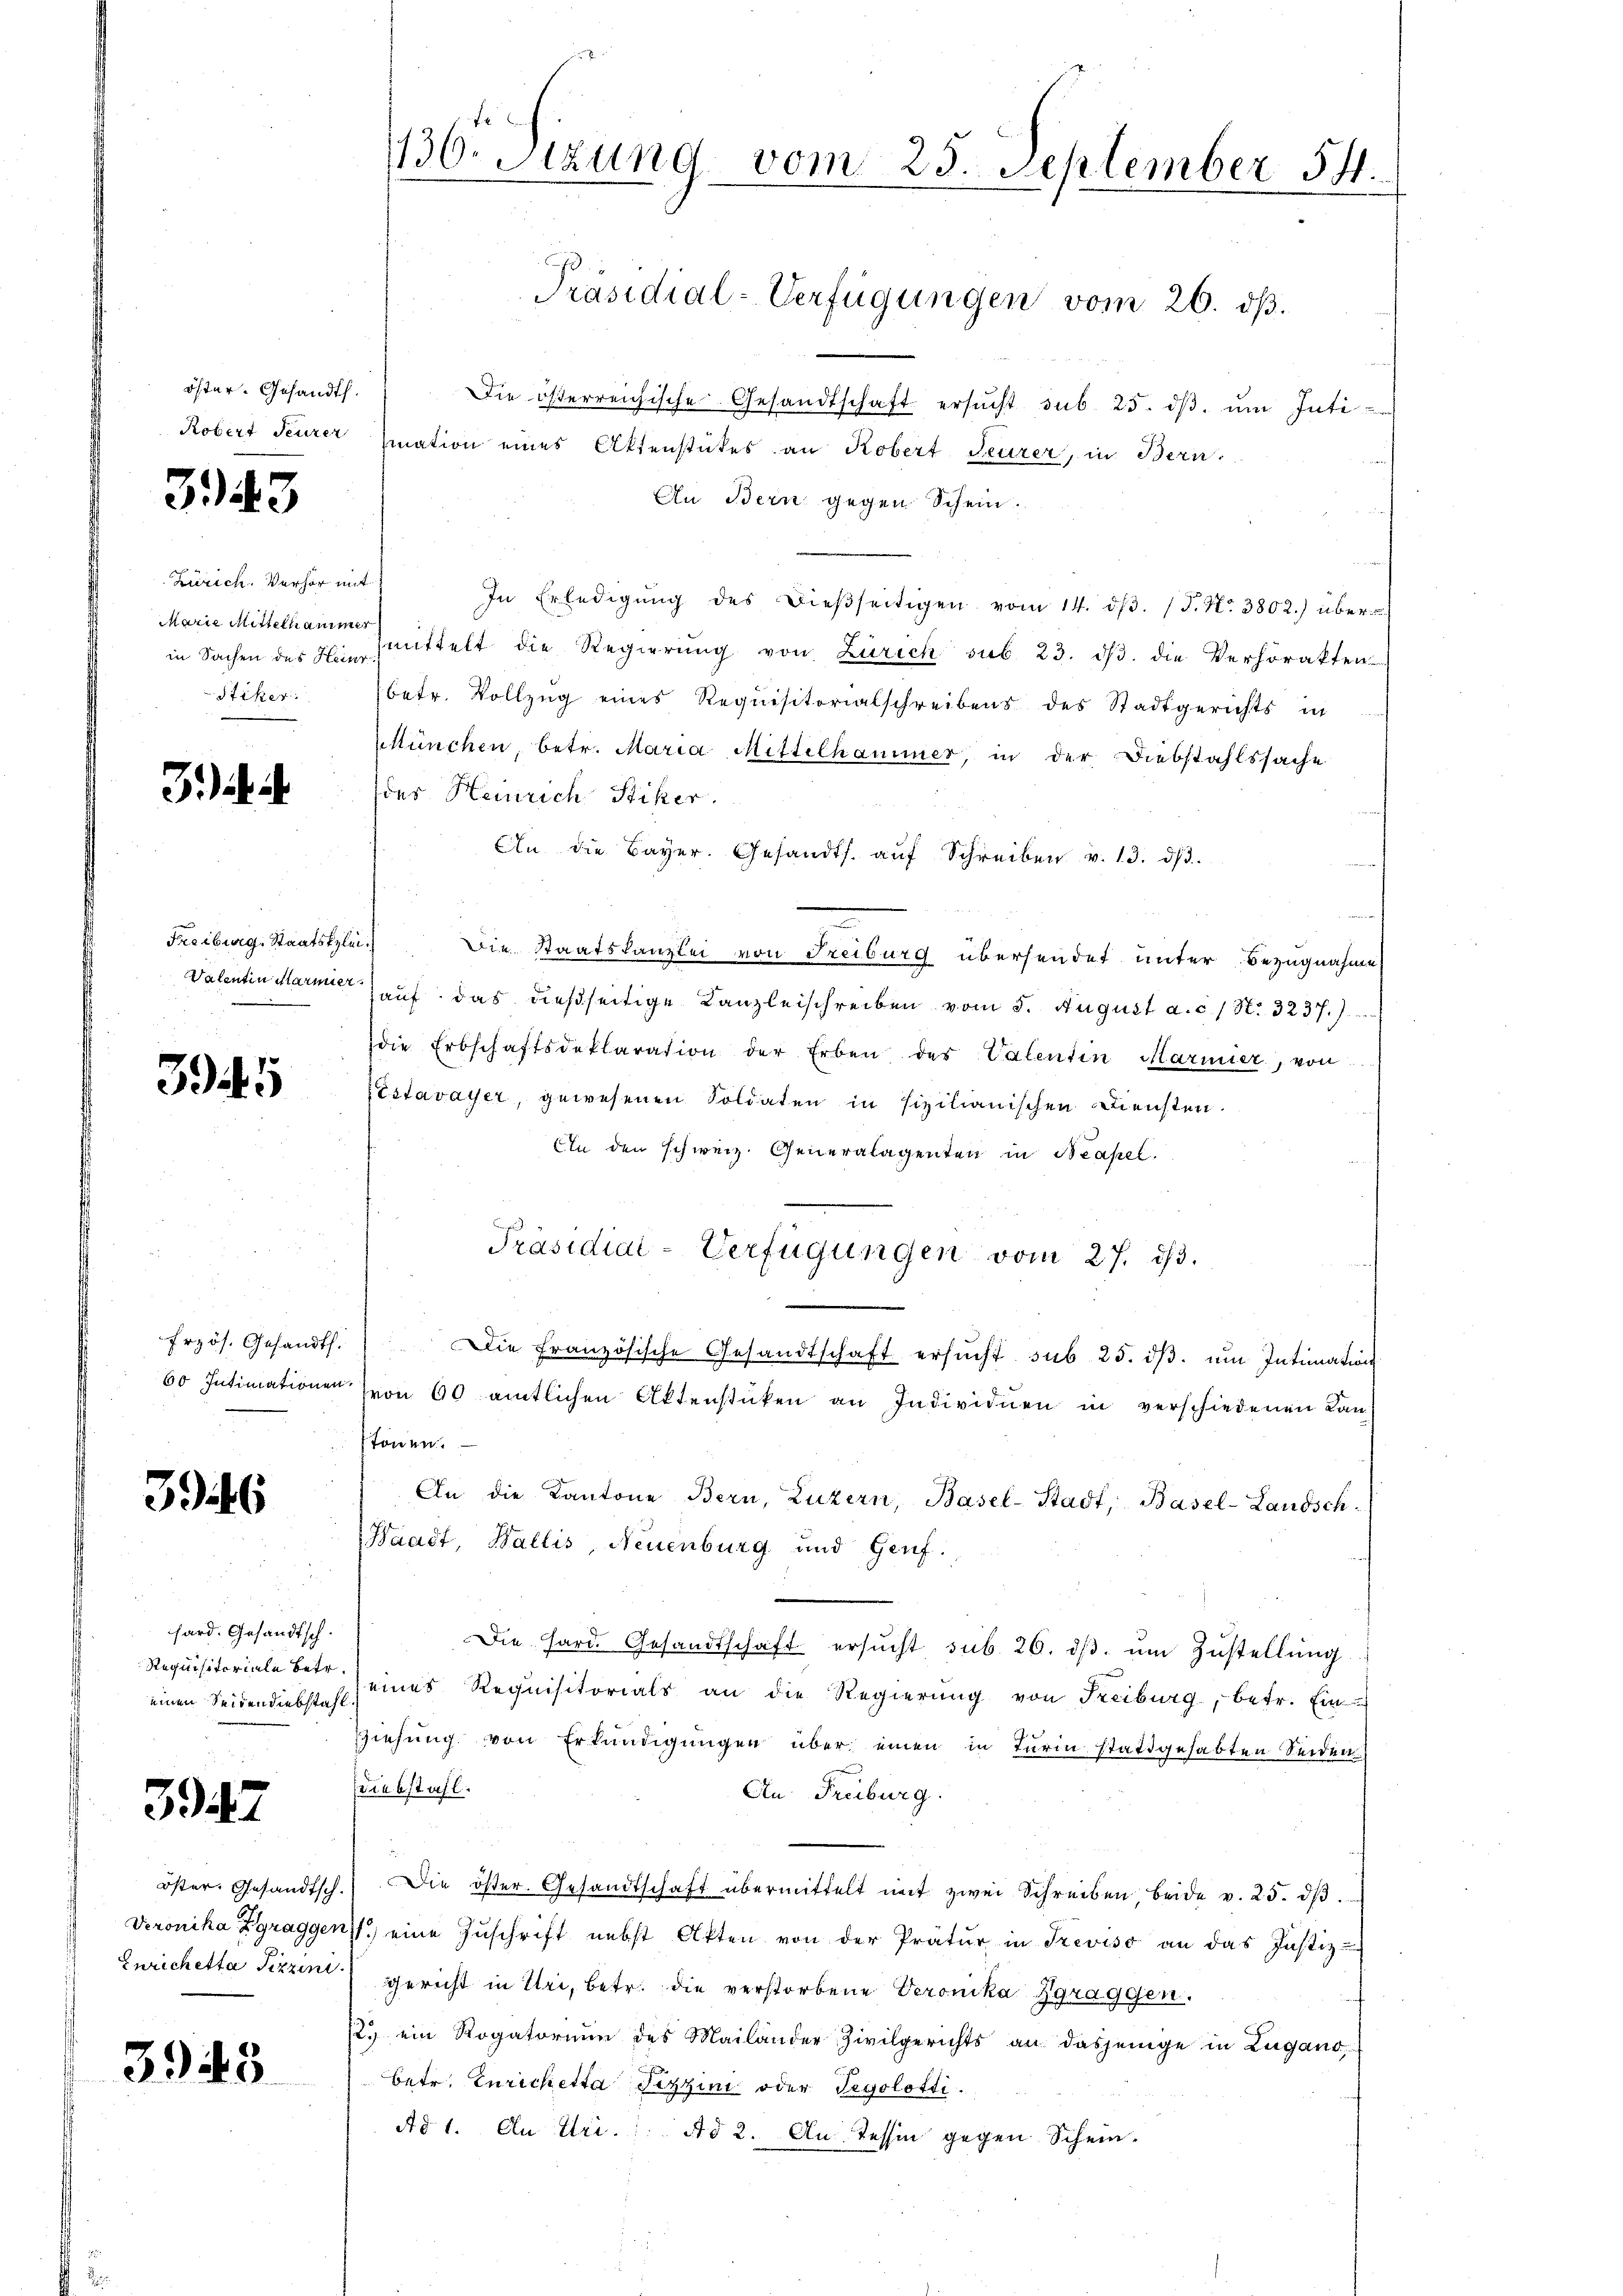
öster. Gesandth.

343

Zürich. Verhör mit
Marie Mittellanimer
Stiker

Freiburg, Staatsklei¬

395

60 Intimationen

3946

hard. Gesandtsch.
Requisitoriale betr.
einen Seidendiebstahl

3947

öster. Gesandtsch
Veronika Zgragger
Zurichetta Pizzini

3945

1130. Sitzung vom 25. September 54.

Die österreichische Gesandtschaft ersŭcht sub. 25. dβ. ŭm Inti¬
Robert Feurer mation eines Aktenstückes an Robert Feurer, in Bern,
An Bern gegen Schein.
In Erledigŭng des dieβseitigen vom 14. dβ. (S. Nr. 3802) überin Sachen des Einmittelt die Regierŭng von Zürich sub. 23. dβ die Verhörakten
betr. Vollzug eines Requisitorialschreibens des Stadtgerichts in
ltünchen, betr. Maria Mittelhammer, in der Diebstahlssache
des Heinrich Stiker.
An die Bayer. Gesandts. aŭf Schreiben v. 13. dβ.
Die Staatskanzlei von Freiburg übersendet unter Bezugnahme
Valentin Marmier auf das dießseitige Kanzleischreiben vom 5. August a. c. / N. 3237.)
die Erbschaftsdeklaration der Erben des Valentin Marmier, von
EEstavayer, gewesenen Soldaten in Pizilianischen Diensten.
An den schweiz. Generalagenten in Neapel.
Präsidial-Verfügungen vom 27. ds.
frzös. Gesandt. " Die französische Gesandtschaft ersŭcht sub 25. dβ. ŭm Intimation
von 60 amtlichen Aktenstücken an Individuen in verschiedenen Lan-
tönen.
An die Kantone Bern, Luzern, Basel-Stadt, Basel-Landsch
Waadt, Wallis, Neuenburg und Genf.
Die Hard. Gesandtschaft ersucht sub. 26. dβ. um Zustellung
 eines Requisitorials an die Regierung von Freiburg, betr. Ein
Ziehung von Erkundigungen über einen in Turin stattgehabten Seiden
sdiebstahl.
An Freiburg.
) Die öster. Gesandtschaft übermittelt mit zwei Schreiben beide v. 25. dβ.
71.) eine Zŭschrift nebst Akten von der Prätur in Treviso an das Justiz-
gericht in Uri, betr. die verstorbene Veronika Zgraggen.
12. ein Rogatorium des Mailander Zivilgerichts an dasjenige in Zugano
betr. Zurichetta Fezzin oder Tegolötti.
Ad 1. Au Uri. Ad 2. An Tessin gegen Schein.

Präsidial-Verfügungen vom 26. dß.